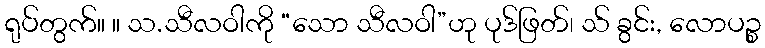
ရုပ်တွက်။ ။ သ.သီလဝါကို “သော သီလဝါ”ဟု ပုဒ်ဖြတ်၊ သ် ခွင်း, လောပဉ္စ